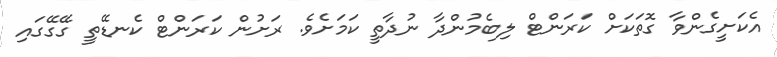
އެކަށީގެންވާ ގޮތަކަށް ކަރަންޓް ލިބެމުންދާ ނުދާތީ ކަމަށެވެ. ރަށުން ކަރަންޓް ކެނޑޭތީ ގޭގޭގައި